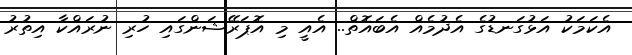
އެކަމަކު އަޅުގަނޑުގެ އެދުމެއް އެބައޮތް.. އެއީ މި އޮޕަރޭޝަންގައި ހުރި ނުރައްކާ އިތުރު